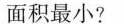
面积最小?